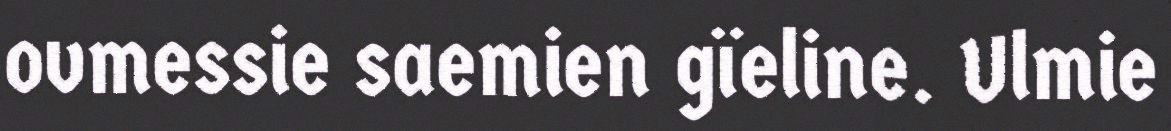
ovmessie saemien gïeline. Ulmie